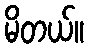
မိတယ်။